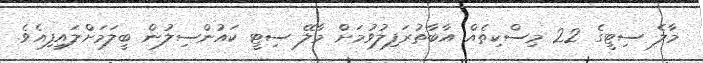
މާލެ ސިޓީގެ 22 މިސްކިތެއް އާބާތުރަފިލުވުމަށް މާލޭ ސިޓީ ކައުންސިލުން ބީލަމަށްލައިފިއެވެ.